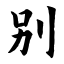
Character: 别